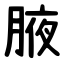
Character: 腋